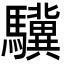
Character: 驥